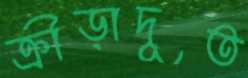
ক্রীড়াদূত